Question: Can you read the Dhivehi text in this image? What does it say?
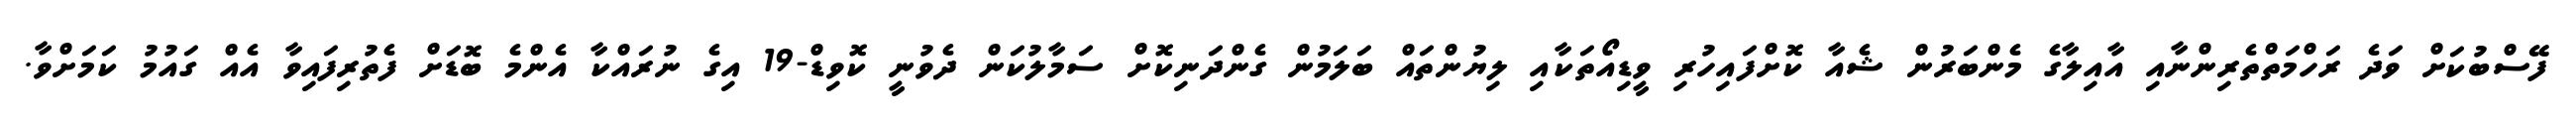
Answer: ފޭސްބުކަށް ވަދެ ރަހްމަތްތެރިންނާއި އާއިލާގެ މެންބަރުން ޝެއާ ކޮށްފައިހުރި ވީޑިއޯތަކާއި ލިޔުންތައް ބަލަމުން ގެންދަނިކޮށް ސަމާލުކަން ދެވުނީ ކޮވިޑް-19 އިގެ ނުރައްކާ އެންމެ ބޮޑަށް ފެތުރިފައިވާ އެއް ގައުމު ކަމަށްވާ.